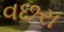
વછરા